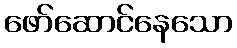
ဖော်ဆောင်နေသော